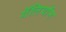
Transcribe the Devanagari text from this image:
गॅलियॉन